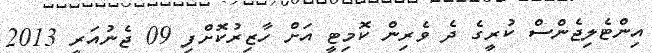
އިންޓެލިޖެންސް ކުރީގެ ދެ ވެރިން ކޮމިޓީ އަށް ހާޒިރުކޮށްފި 09 ޖެނުއަރީ 2013